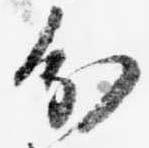
分